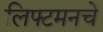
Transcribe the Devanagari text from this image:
लिफ्टमनचे